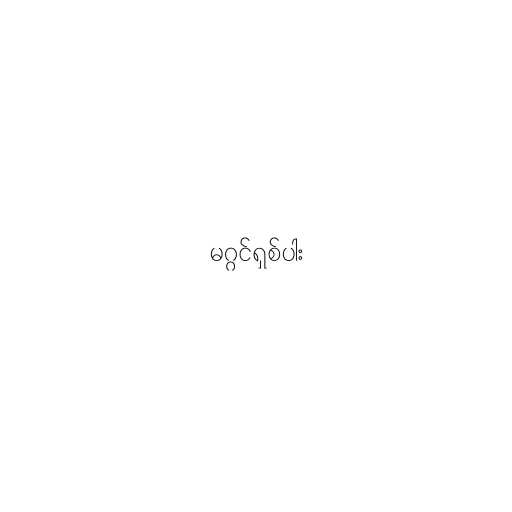
မဂ္ဂင်ရှစ်ပါး